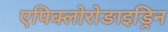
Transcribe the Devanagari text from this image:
एपिक्लोरोङाइड्रिन